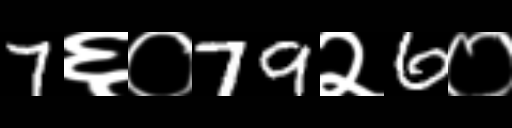
Text: 7६०79२6०